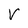
Character: V